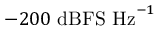
- 2 0 0 ~ \mathrm { d B F S } ~ \mathrm { H z } ^ { - 1 }